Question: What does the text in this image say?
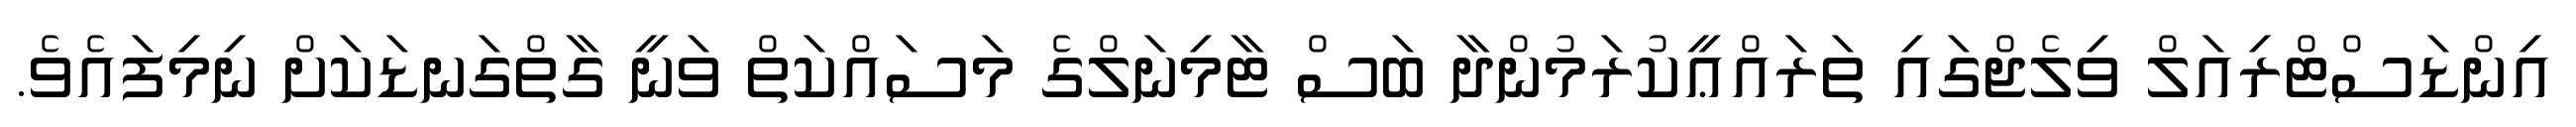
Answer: އިންޑަސްޓްރިއަލް ވިލެޖްގައި ތަރައްޢީކުރަމުންދާ ބަސް ޓާމިނަލްގެ މަސައްކަތް ވަނީ ގާތްގަނޑަކަށް ނިމިފައެވެ.